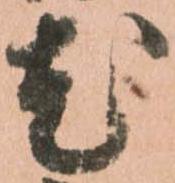
尤